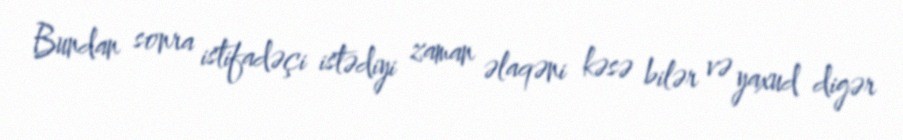
Bundan sonra istifadəçi istədiyi zaman əlaqəni kəsə bilər və yaxud digər